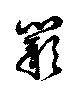
闕